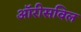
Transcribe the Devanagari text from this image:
ऑरीसविल